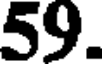
59.